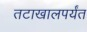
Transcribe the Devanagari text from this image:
तटाखालपर्यंत